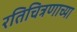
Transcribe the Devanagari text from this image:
रतिचित्रणाच्या